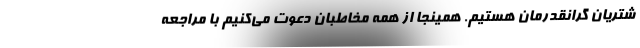
شتریان گرانقدرمان هستیم. همینجا از همه مخاطبان دعوت می­کنیم با مراجعه